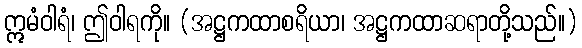
ဣမံဝါရံ၊ ဤဝါရကို။ (အဋ္ဌကထာစရိယာ၊ အဋ္ဌကထာဆရာတို့သည်။)